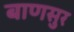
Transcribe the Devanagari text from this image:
बाणसुर